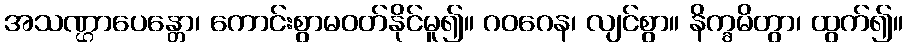
အသဏ္ဌာပေန္တော၊ ကောင်းစွာမဝတ်နိုင်မူ၍။ ဂဝဂေန၊ လျင်စွာ။ နိက္ခမိတွာ၊ ထွက်၍။